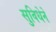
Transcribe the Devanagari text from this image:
सुविधेने